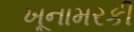
ખૂનામરકી